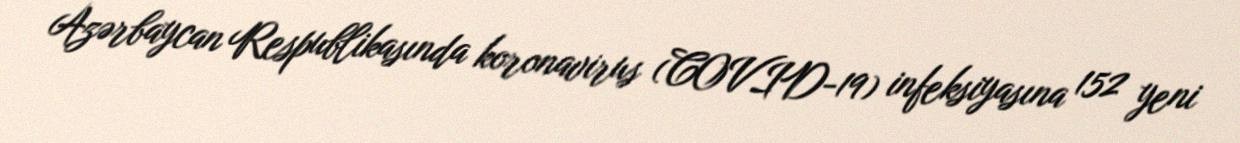
Azərbaycan Respublikasında koronavirus (COVID-19) infeksiyasına 152 yeni